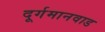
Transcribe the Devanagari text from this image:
दूर्गमानवाड